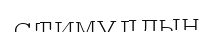
стимулдың